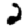
Digit: 2